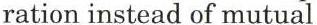
ration instead of mutual